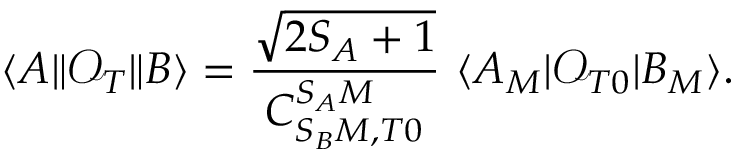
\langle A \| \mathcal { O } _ { T } \| B \rangle = \frac { \sqrt { 2 S _ { A } + 1 } } { C _ { S _ { B } M , T 0 } ^ { S _ { A } M } } \, \, \langle A _ { M } | \mathcal { O } _ { T 0 } | B _ { M } \rangle .